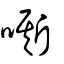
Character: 嘶